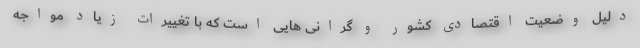
دلیل وضعیت اقتصادی کشور و گرانی هایی است که با تغییرات زیاد مواجه